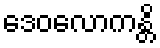
ဒေဝလောကန္တိ